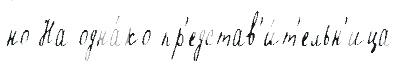
но На одна́ко пр'едстав'и́т'ельн'ица